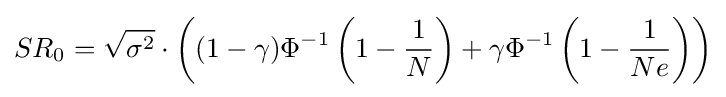
SR_{0}={\sqrt {\sigma ^{2}}}\cdot \left((1-\gamma )\Phi ^{-1}\left(1-{\frac {1}{N}}\right)+\gamma \Phi ^{-1}\left(1-{\frac {1}{Ne}}\right)\right)